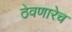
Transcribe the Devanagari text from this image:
ठेवणारेच